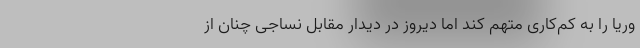
وریا را به کم‌کاری متهم کند اما دیروز در دیدار مقابل نساجی چنان از